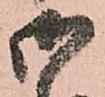
御